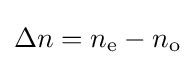
\Delta n=n_{\mathrm {e} }-n_{\mathrm {o} }